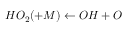
H O _ { 2 } ( + M ) \leftarrow O H + O